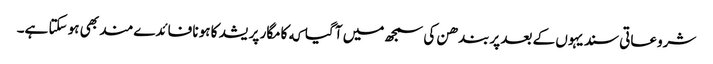
شروعاتی سندیہوں کے بعد پربندھن کی سمجھ میں آ گیا که کامگار پریشد کا ہونا فائدےمند بھی ہو سکتا ہے۔